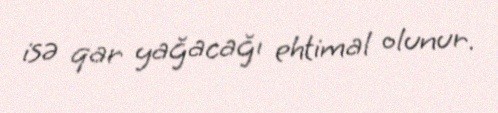
isə qar yağacağı ehtimal olunur.